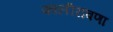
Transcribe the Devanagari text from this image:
कालीरावणा